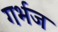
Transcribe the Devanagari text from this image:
गर्भज